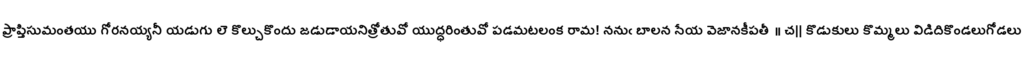
ప్రాప్తిసుమంతయు గోరనయ్యనీ యడుగు లె కొల్చుకొందు జడుడాయనిత్రోతువో యుద్ధరింతువో పడమటలంక రామ! ననుఁ బాలన సేయ వెజానకీపతీ ॥ చ|| కొడుకులు కొమ్మలు విడిదికొండలుగోడలు